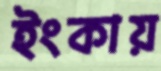
ইংকায়